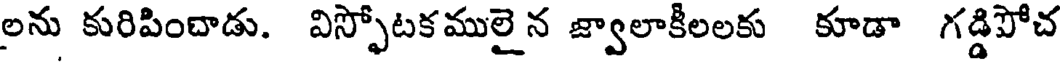
లను కురిపించాడు. విస్ఫోటకములై న జ్వాలాకీలలకు కూడా గడ్డిపోచ